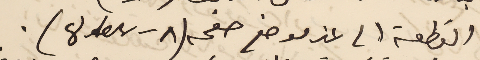
القطعة الى غير موضع صفحه (tes 8 ٨ ).